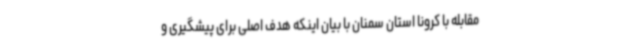
مقابله با کرونا استان سمنان با بیان اینکه هدف اصلی برای پیشگیری و